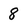
Character: 8